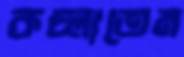
কচ্‌লাতেম